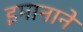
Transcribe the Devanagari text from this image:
इमानाने